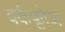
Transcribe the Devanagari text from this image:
वर्कफ्लोज